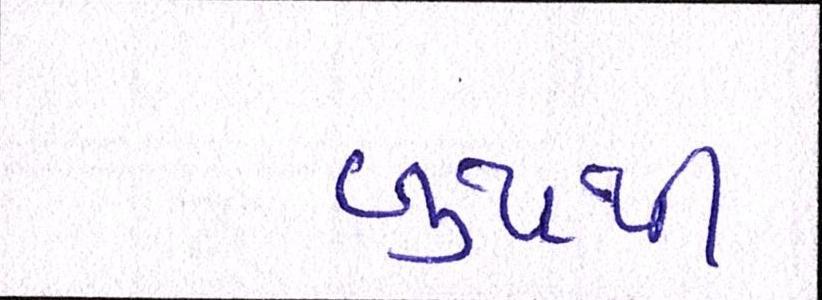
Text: બુથથી